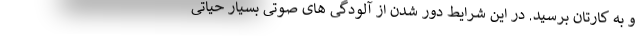
و به کارتان برسید. در این شرایط دور شدن از آلودگی های صوتی بسیار حیاتی